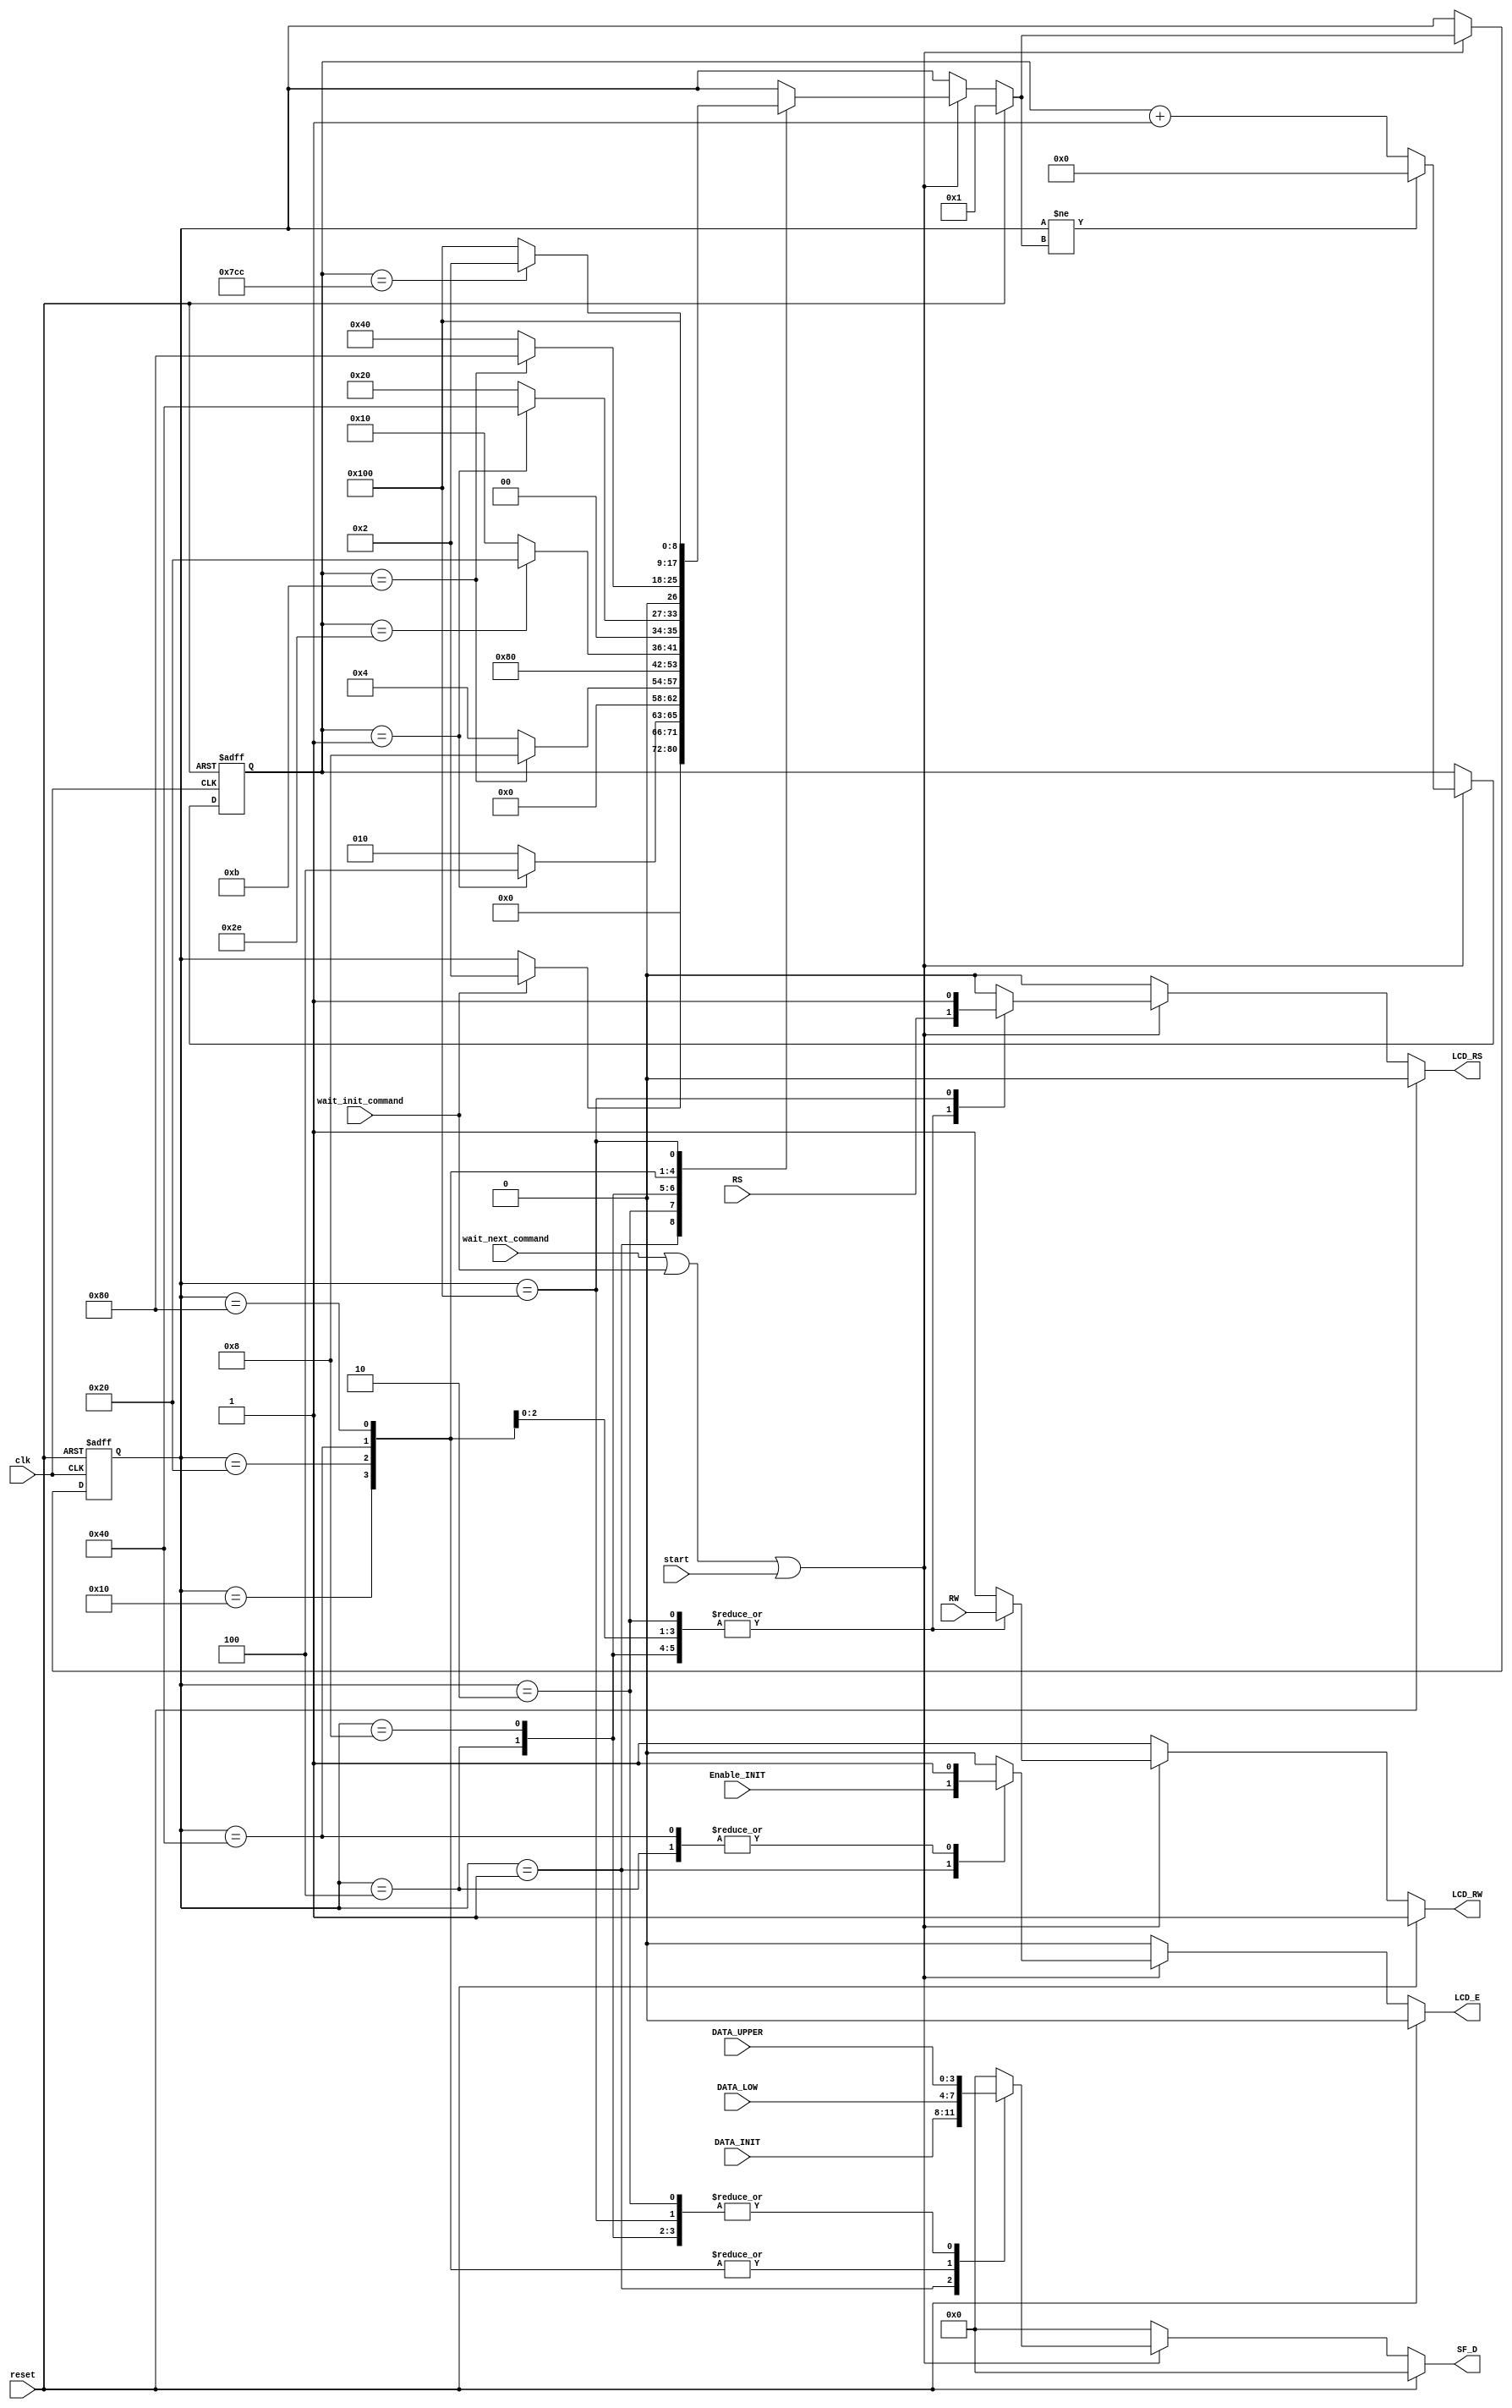
`timescale 1ns / 1ps
//////////////////////////////////////////////////////////////////////////////////
// Company: 
// 
// Design Name: 
// Module Name:    FSM_command 
// Project Name: 
// Target Devices: 
// Tool versions: 
// Description: 
//
// Dependencies: 
//
// Revision: 
// Revision 0.01 - File Created
// Additional Comments: 
//
//////////////////////////////////////////////////////////////////////////////////
module FSM_command(clk, reset, wait_next_command, start, wait_init_command, Enable_INIT, DATA_INIT, DATA_UPPER, DATA_LOW, RS, RW, LCD_RS, LCD_RW, SF_D, LCD_E);
	input clk, reset;
	input RS, RW, wait_next_command, wait_init_command, Enable_INIT, start;
	input [3:0] DATA_UPPER, DATA_LOW, DATA_INIT;
	output reg LCD_E, LCD_RS, LCD_RW; 
	output reg [11:8] SF_D;

	reg [8:0] Current_State;
	reg [8:0] Next_State;
	reg [10:0] counter;//measure cycle in order to change state
		
	//STATE ENCODING
	parameter STATE_INIT_DATA = 9'b000000001,
			  STATE_SETUP_UPPER = 9'b000000010,
			  STATE_DATA_UPPER  = 9'b000000100,
			  STATE_HOLD_UPPER  = 9'b000001000,
			  STATE_WAIT        = 9'b000010000,
			  STATE_SETUP_LOW   = 9'b000100000,
			  STATE_DATA_LOW    = 9'b001000000,
			  STATE_HOLD_LOW    = 9'b010000000,
			  STATE_WAIT_NEXT   = 9'b100000000;

	//State Registers - Sequential//
	always@(posedge clk or posedge reset)
	begin
		if(reset) 
		begin
			Current_State = STATE_INIT_DATA;
			counter = 11'd0;
		end
		else 
		begin
			if(wait_next_command || wait_init_command || start)//check amd change state when fsm command need to run.
			begin
				if(Current_State != Next_State)//when change state make counter zero else increase to know when change state
					counter = 11'd0;
				else
					counter = counter + 1;
				Current_State = Next_State;
			end
		end
	end
	
	always@(Current_State or counter or reset or wait_next_command or wait_init_command or start or DATA_INIT or Enable_INIT or RS or RW  or DATA_UPPER or DATA_LOW)
	begin
		if(reset)//reset initialize 
		begin
			Next_State = STATE_INIT_DATA;
			LCD_E = 1'b0;
			LCD_RS = 1'b0;
			LCD_RW = 1'b1;
			SF_D = 4'b0000;
		end
		else if (wait_next_command || wait_init_command || start)//check amd change state when fsm command need to run.
		begin
			Next_State = Current_State;
			LCD_E = 1'b0;
			LCD_RS = 1'b0;
			LCD_RW = 1'b1;
			SF_D = 4'b0000;
			case (Current_State)
				STATE_INIT_DATA://state init data run when run initial
				begin
					SF_D = DATA_INIT;//value from initial
					LCD_E = Enable_INIT;//data from initial
					if (wait_init_command)//when initial finish change state
						Next_State = STATE_SETUP_UPPER;
				end		
				STATE_SETUP_UPPER://stabilize data 2 cycle before enable = 1
				begin
					LCD_RS = RS;//value from configuration
					LCD_RW = RW;
					SF_D = DATA_UPPER;
					
					if(counter == 11'd1)//when counter take 1 value change state
						Next_State = STATE_DATA_UPPER;
					else
						Next_State = STATE_SETUP_UPPER;
				end
				STATE_DATA_UPPER://make enable = 1 for 12 cycle
				begin
					LCD_E = 1'b1;//LCD_E = 1 in this state. sent 4-bit upper
					LCD_RS = RS;
					LCD_RW = RW;
					SF_D = DATA_UPPER;
					
					if(counter == 11'd11)//when counter take 11 value change state
						Next_State = STATE_HOLD_UPPER;
					else
						Next_State = STATE_DATA_UPPER;
				end
				STATE_HOLD_UPPER://maitain data for 1 cycle 
				begin
					LCD_E = 1'b0;
					LCD_RS = RS;
					LCD_RW = RW;
					SF_D = DATA_UPPER;
					Next_State = STATE_WAIT;
				end
				STATE_WAIT://wait 940ns, then sent 4 lowwer bit
				begin
					LCD_RW = 1'b1;
					SF_D = DATA_LOW;
					if(counter == 11'd46)
						Next_State = STATE_SETUP_LOW;
					else
						Next_State = STATE_WAIT;
				end
				STATE_SETUP_LOW://stabilize data 2 cycle before enable = 1
				begin
					LCD_RS = RS;
					LCD_RW = RW;
					SF_D = DATA_LOW;
					
					if(counter == 11'd1)//when counter take 1 value change state
						Next_State = STATE_DATA_LOW;
					else
						Next_State = STATE_SETUP_LOW;
				end
				STATE_DATA_LOW://make enable = 1 for 12 cycle. sent 4-bit low 
				begin
					LCD_E = 1'b1;
					LCD_RS = RS;
					LCD_RW = RW;
					SF_D = DATA_LOW;
					
					if(counter == 11'd11)//when counter take 11 value change state
						Next_State = STATE_HOLD_LOW;
					else
						Next_State = STATE_DATA_LOW;
				end
				STATE_HOLD_LOW://maitain data for 1 cycle 
				begin
					LCD_E = 1'b0;
					LCD_RS = RS;
					LCD_RW = RW;
					SF_D = DATA_LOW;
					Next_State = STATE_WAIT_NEXT;
				end
				STATE_WAIT_NEXT://wait 940ns, then sent next command
				begin
					LCD_RW = 1'b1;
					LCD_RS = 1'b1;
					SF_D = DATA_UPPER;
					if(counter == 11'd1996)//return to first state
					begin
						Next_State = STATE_SETUP_UPPER;
					end
					else
						Next_State = STATE_WAIT_NEXT;
				end
			endcase
		end
		else
		begin
			Next_State = Current_State;
			LCD_E = 1'b0;
			LCD_RS = 1'b0;
			LCD_RW = 1'b1;
			SF_D = 4'b0000;
		end
	end

endmodule